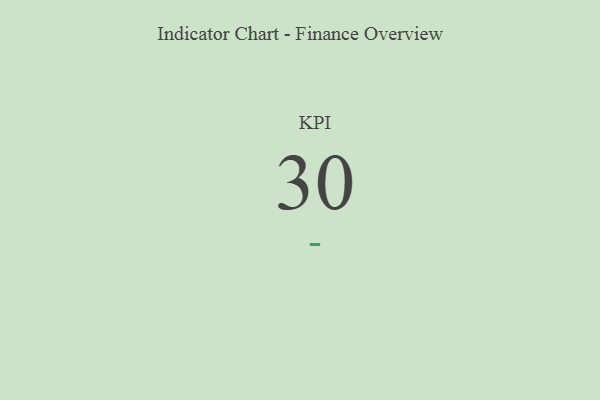
{"axis": {"x": "KPI", "y": "Value"}, "legend": [""], "data": [{"x": "KPI", "y": 30, "type": ""}]}